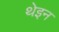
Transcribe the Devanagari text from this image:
थेइन